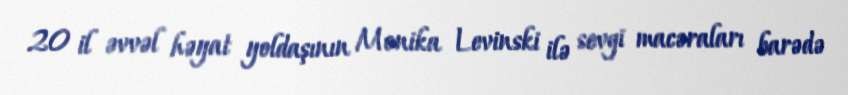
20 il əvvəl həyat yoldaşının Monika Levinski ilə sevgi macəraları barədə